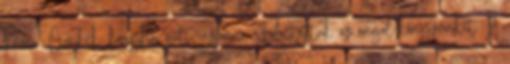
finom. Címkék: konyha, süti, uzsonna Folytattuk az angol-könyvünket. A